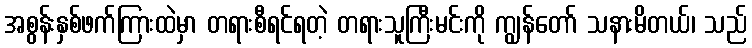
အစွန်းနှစ်ဖက်ကြားထဲမှာ တရားစီရင်ရတဲ့ တရားသူကြီးမင်းကို ကျွန်တော် သနားမိတယ်၊ သည်